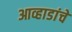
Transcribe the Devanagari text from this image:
आव्हाडांचे